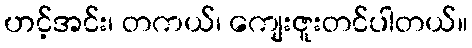
ဟင့်အင်း၊ တကယ်၊ ကျေးဇူးတင်ပါတယ်။